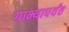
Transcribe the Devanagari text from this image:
गाभ्यापर्यंत